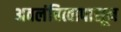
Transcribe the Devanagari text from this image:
अवलंबित्वापासून